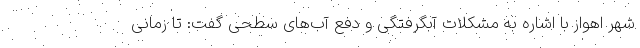
شهر اهواز با اشاره به مشکلات آبگرفتگی و دفع آب‌های سطحی گفت: تا زمانی